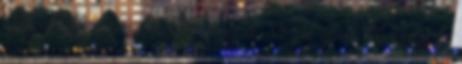
linkek Köszi már jól vagyok. Végre újra itt vagyok.